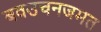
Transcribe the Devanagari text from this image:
बवउचनजमत